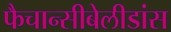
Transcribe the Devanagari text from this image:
फैचान्सीबेलीडांस